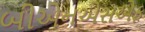
બીએનએસએફ